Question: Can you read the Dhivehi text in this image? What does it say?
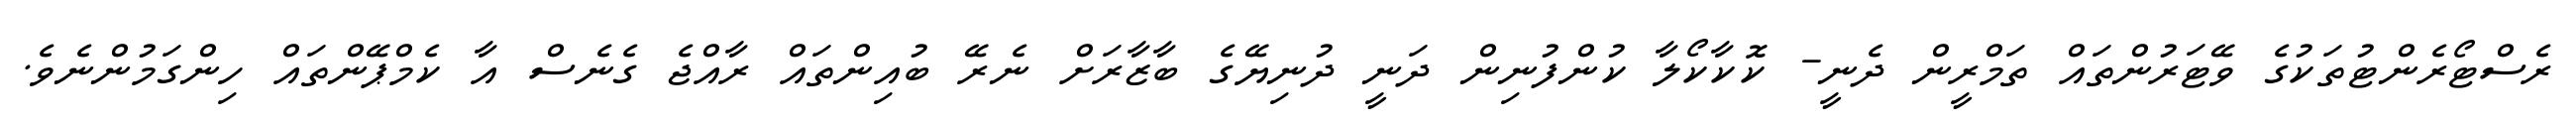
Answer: ރެސްޓޯރެންޓުތަކުގެ ވޭޓަރުންތައް ތަމްރީން ދެނީ- ކޮކާކޯލާ ކުންފުނިން ދަނީ ދުނިޔޭގެ ބާޒާރަށް ނެރޭ ބުއިންތައް ރާއްޖެ ގެނެސް އާ ކެމްޕޭންތައް ހިންގަމުންނެވެ.